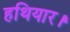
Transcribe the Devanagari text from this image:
हथियार।